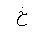
Letter: _kha